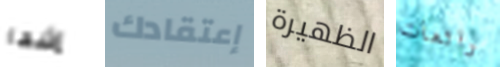
إشعار إعتقادك الظهيرة رائعات